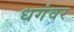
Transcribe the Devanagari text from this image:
धगंवर